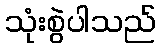
သုံးစွဲပါသည်